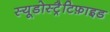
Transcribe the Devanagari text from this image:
स्यूडोस्ट्रैटिफ़ाइड